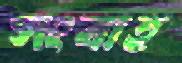
সংবাহ